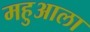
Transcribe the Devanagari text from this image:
महुआला